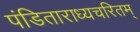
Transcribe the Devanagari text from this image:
पंडिताराध्यचरितम्